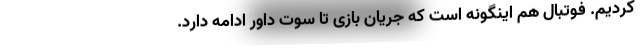
کردیم. فوتبال هم اینگونه است که جریان بازی تا سوت داور ادامه دارد.